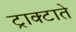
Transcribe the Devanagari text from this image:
ट्राक्टाते